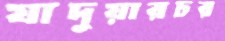
যাদুয়ারচর